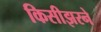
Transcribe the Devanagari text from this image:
किसीझरने